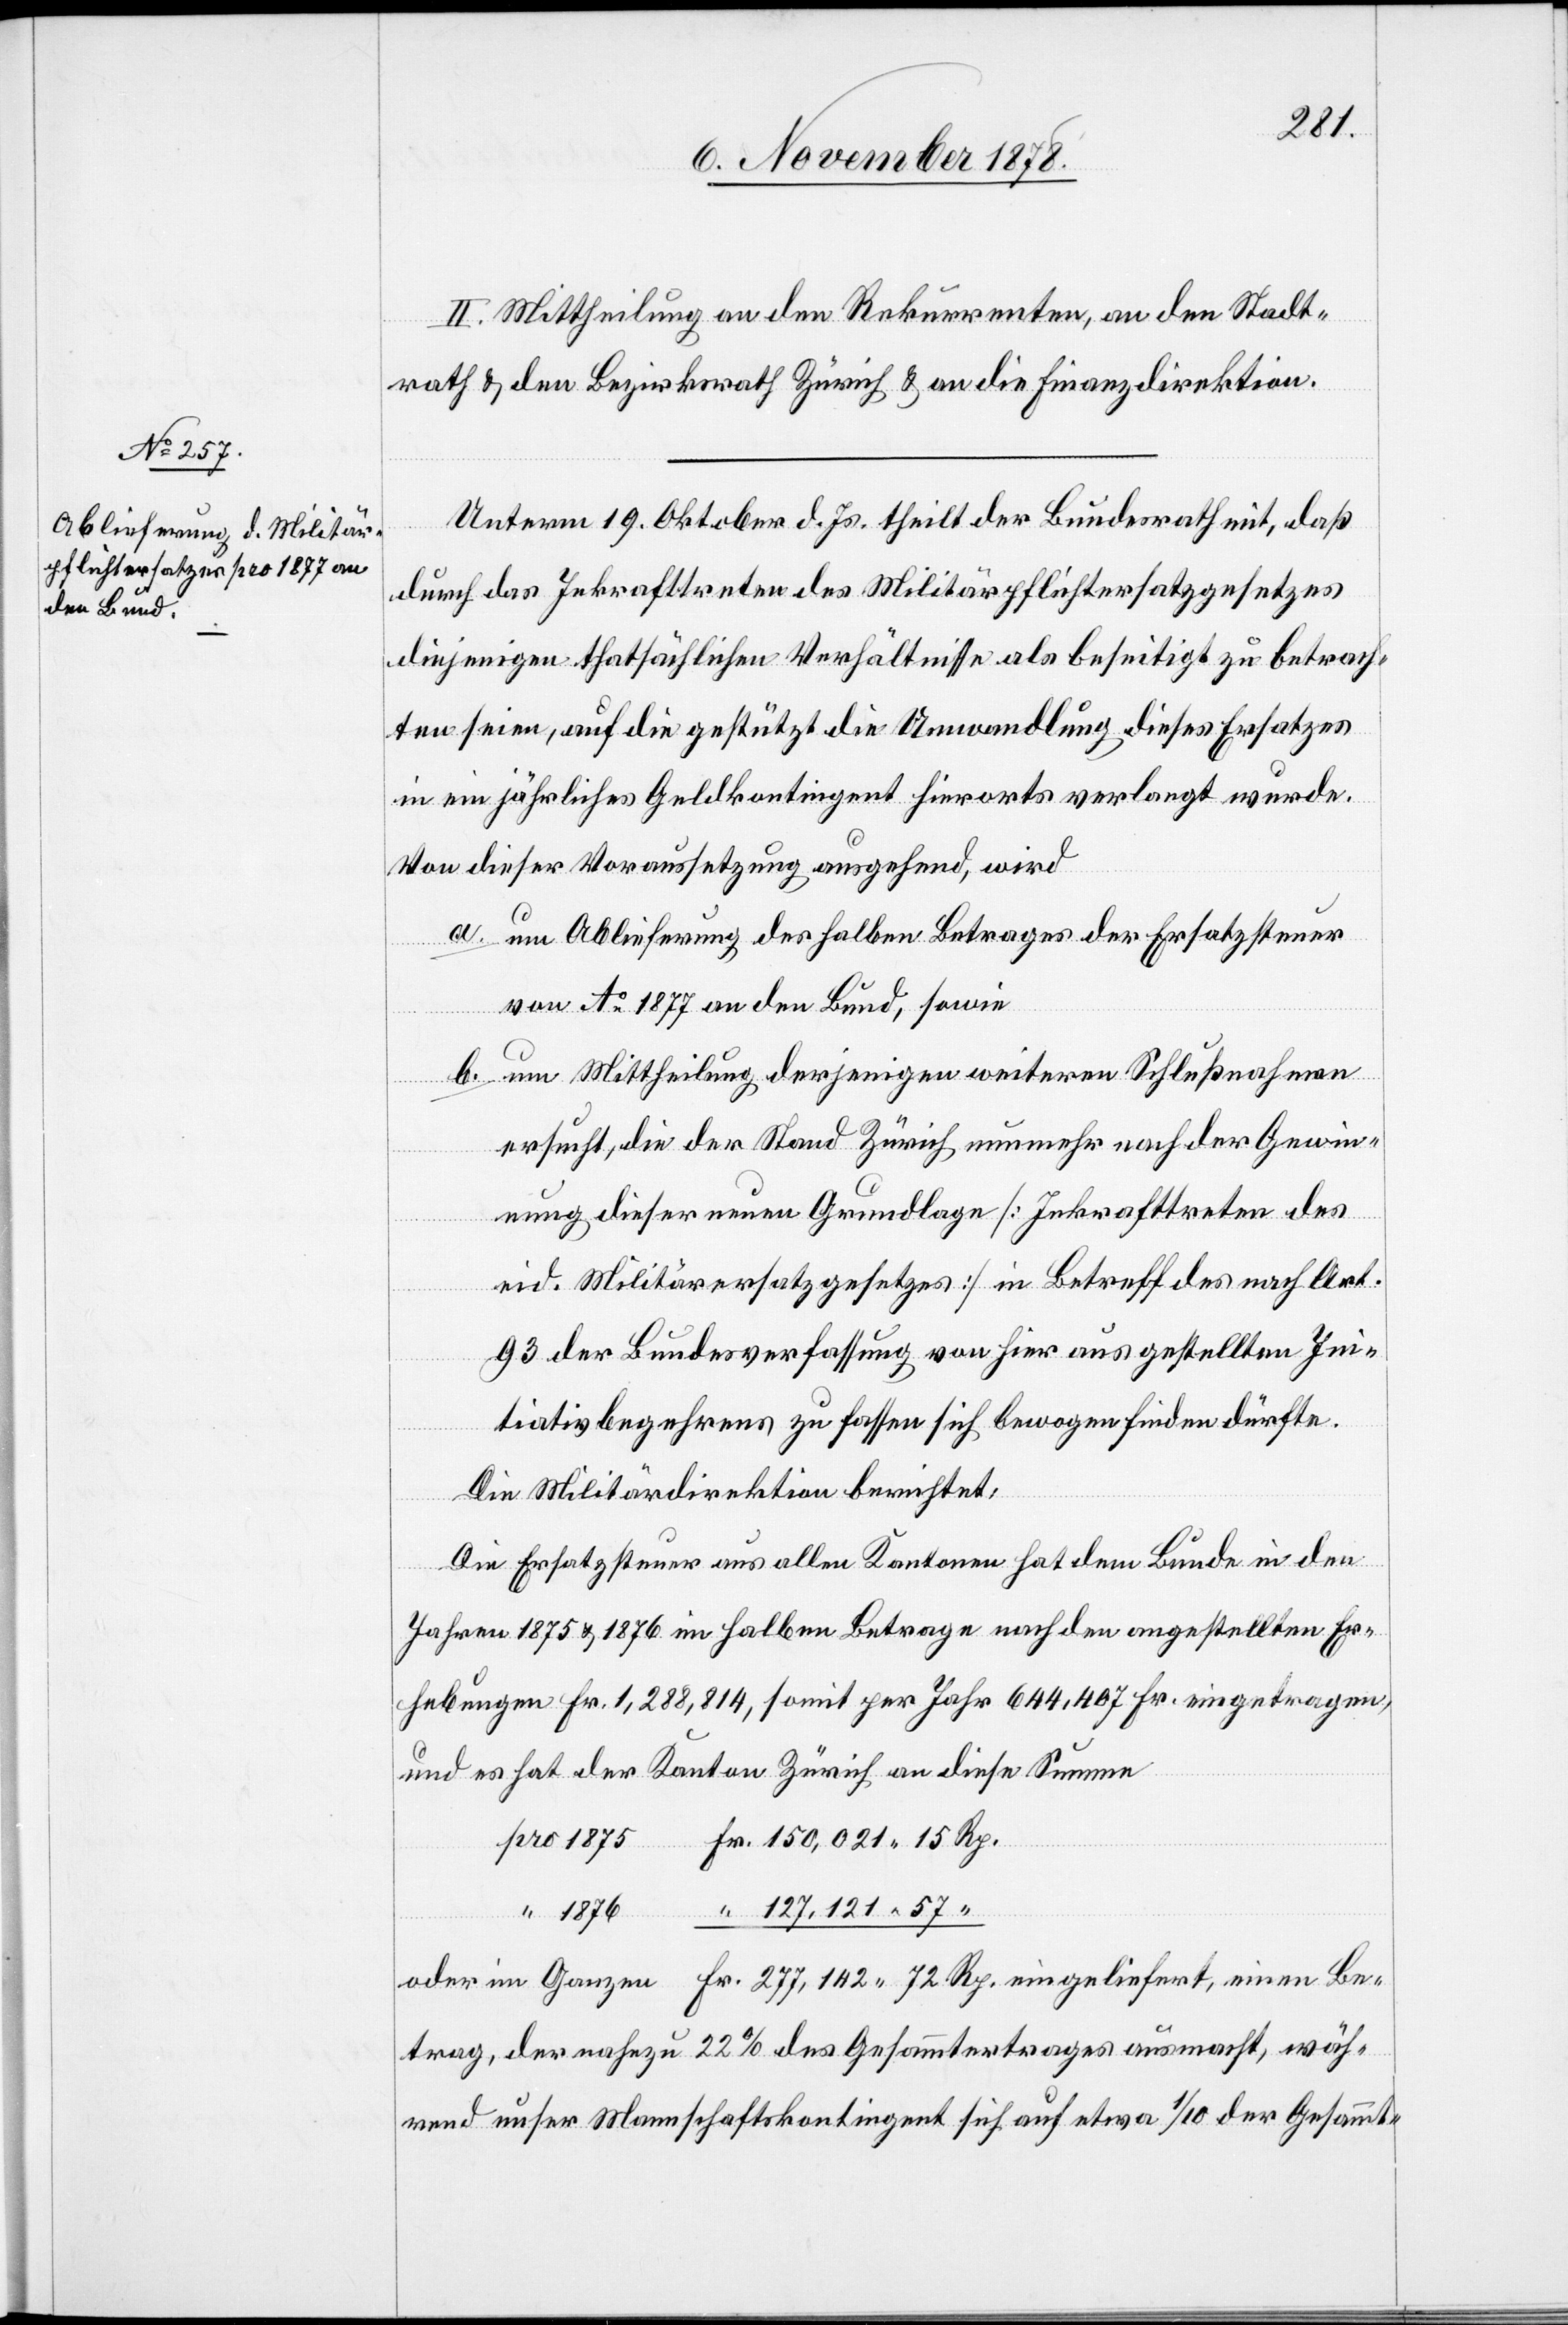
II. Mittheilung an den Rekurrenten, an den Stadt¬
rath & den Bezirksrath Zürich & an die Finanzdirektion.
Unterm 19. Oktober d. Js. theilt der Bundesrath mit, daß
durch das Inkrafttreten des Militärpflichtersatzgesetzes
diejenigen thatsächlichen Verhältnisse als beseitigt zu betrach¬
ten seien, auf die gestützt die Umwandlung dieses Ersatzes
in ein jährliches Geldkontingent hierorts verlegt wurde.
Von dieser Voraussetzung ausgehend, wird
a. um Ablieferung des halben Betrages der Ersatzsteuer
von Ao 1877 an den Bund, sowie
b. um Mittheilung derjenigen weiteren Schlußnahmen
ersucht die der Stand Zürich nunmehr nach der Gewin¬
nung dieser neuen Grundlage [Inkrafttreten des
eid. Militärersatzgesetzes] in Betreff des nach Art.
93 der Bundesverfassung von hier ausgestellten Ini¬
tiativbegehrens zu fassen sich bewogen finden dürfte.
Die Militärdirektion berichtet:
Die Ersatzsteuer aus allen Kantonen hat dem Bunde in den
Jahren 1875 & 1876 im halben Betrage nach den angestellten Er¬
hebungen Fr. 1,288,814, somit per Jahr 644,407 Fr. eingetragen,
und es hat der Kanton Zürich an diese Summe
pro 1875 Fr. 150,021 15 Rp.
“ 1876
“ 127,121 57 “
oder im Ganzen Fr. 277,142 72 Rp. eingeliefert, einen Be¬
trag, der nahezu 22% des Gesammtertrages ausmacht, wäh¬
rend unser Mannschaftskontingent sich auf etwa 1/10 der Gesammt-